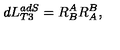
d L _ { T 3 } ^ { a d S } = R _ { B } ^ { A } R _ { A } ^ { B } ,